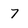
Character: 7